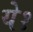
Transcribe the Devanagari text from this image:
ये१